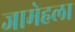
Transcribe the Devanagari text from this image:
जामेहला